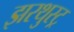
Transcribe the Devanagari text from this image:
झरथुस्ट्र